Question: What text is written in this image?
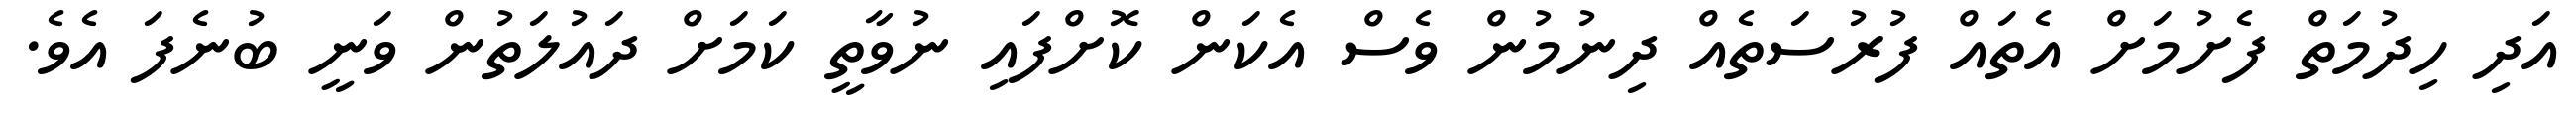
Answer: އަދި ހިދުމަތް ފެށުމަށް އެތައް ފުރުސަތެއް ދިނުމުން ވެސް އެކަން ކޮށްފައި ނުވާތީ ކަމަށް ދައުލަތުން ވަނީ ބުނެފަ އެވެ.